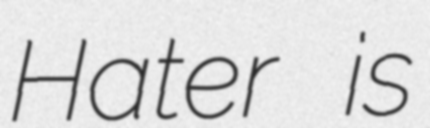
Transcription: Hater is